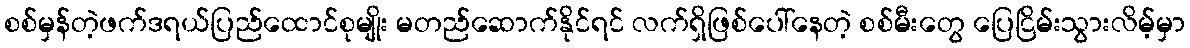
စစ်မှန်တဲ့ဖက်ဒရယ်ပြည်ထောင်စုမျိုး မတည်ဆောက်နိုင်ရင် လက်ရှိဖြစ်ပေါ်နေတဲ့ စစ်မီးတွေ ပြေငြိမ်းသွားလိမ့်မှာ